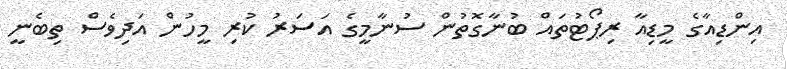
އިންޑިއާގެ މީޑިއާ ރިޕޯޓުތައް ބުނާގޮތުން ސުނާމީގެ އަސަރު ކުރި މީހުން އަދިވެސް ތިބެނީ